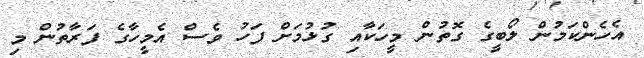
އެހެންކަމުން ލޯބީގެ ގޮތުން މީހަކާއި ގުޅުމަށް ފަހު ވެސް އެމީހާގެ ފަރާތުން މި